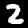
Label: 2